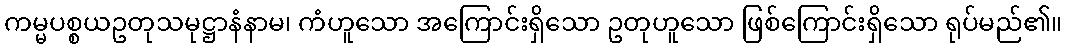
ကမ္မပစ္စယဥတုသမုဋ္ဌာနံနာမ၊ ကံဟူသော အကြောင်းရှိသော ဥတုဟူသော ဖြစ်ကြောင်းရှိသော ရုပ်မည်၏။